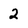
Character: 2